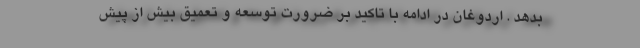
بدهد . اردوغان در ادامه با تاکید بر ضرورت توسعه و تعمیق بیش از پیش